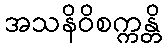
အသနိဝိစက္ကန္တိ